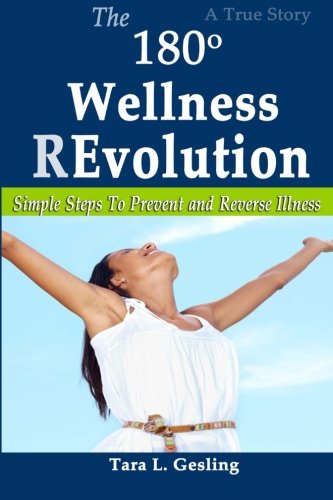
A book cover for The 180 Degree Wellness Revolution: Simple Steps to Prevent and Reverse Illness; Tara L Gesling; Health, Fitness & Dieting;